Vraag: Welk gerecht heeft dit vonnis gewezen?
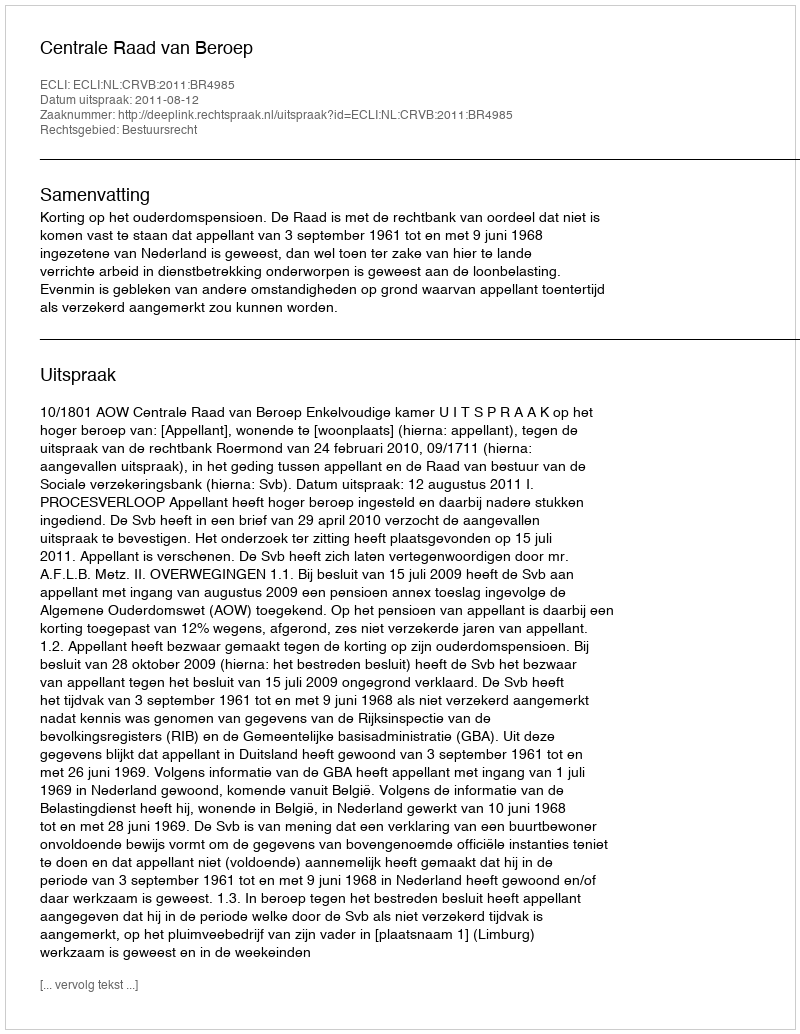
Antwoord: Centrale Raad van Beroep